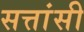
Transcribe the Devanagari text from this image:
सत्तांसी